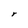
Character: r